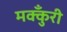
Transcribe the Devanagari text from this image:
मक्कुँरी